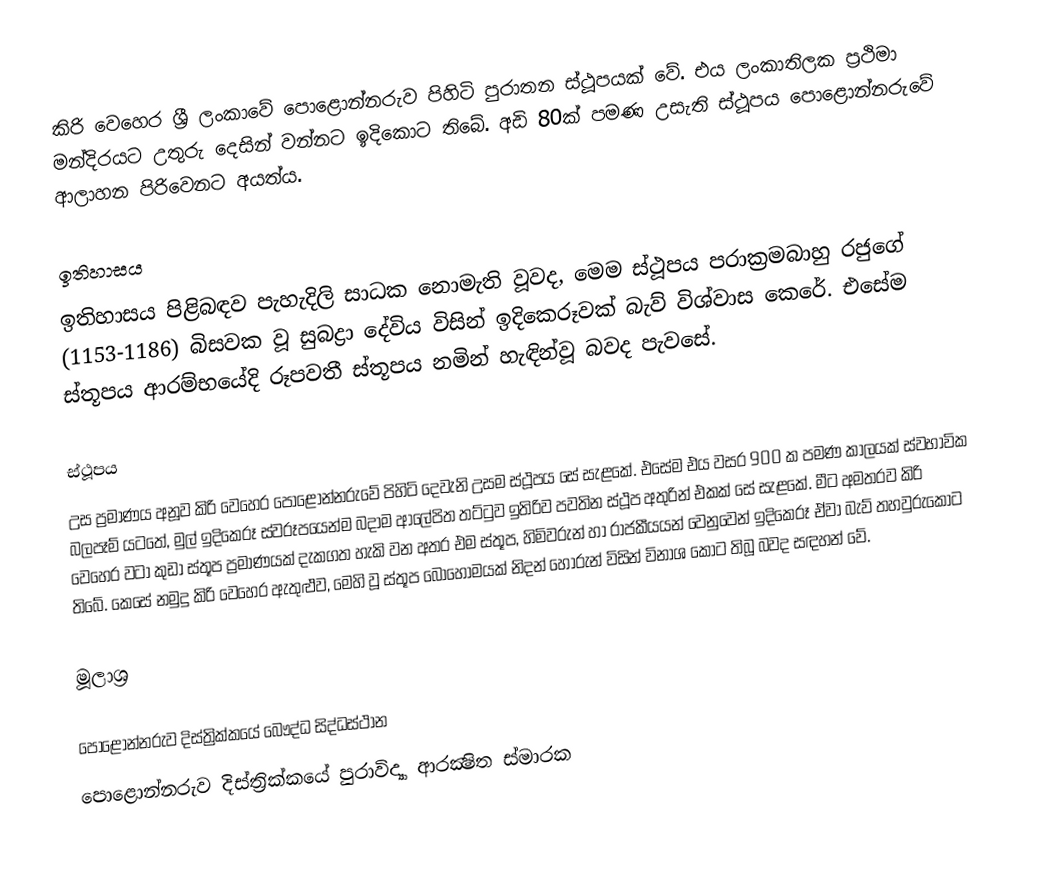
කිරි වෙහෙර ශ්‍රී ලංකාවේ පොළොන්නරුව පිහිටි පුරාතන ස්ථූපයක් වේ. එය ලංකාතිලක ප්‍රථිමා මන්දිරයට උතුරු දෙසින් වන්නට ඉදිකොට තිබේ. අඩි 80ක් පමණ උසැති ස්ථූපය පොළොන්නරුවේ ආලාහන පිරිවෙනට අයත්ය.

ඉතිහාසය
ඉතිහාසය පිළිබඳව පැහැදිලි සාධක නොමැති වූවද, මෙම ස්ථූපය පරාක්‍රමබාහු රජුගේ (1153-1186) බිසවක වූ සුබද්‍රා දේවිය විසින් ඉදිකෙරූවක් බැව් විශ්වාස කෙරේ. එසේම ස්තූපය ආරම්භයේදි රූපවතී ස්තූපය නමින් හැඳින්වූ බවද පැවසේ.

ස්ථූපය
උස ප්‍රමාණය අනූව කිරි වෙහෙර පොළොන්නරුවේ පිහිටි දෙවැනි උසම ස්ථූපය සේ සැළකේ. එසේම එය වසර 900 ක පමණ කාලයක් ස්වභාවික බලපෑම් යටතේ, මුල් ඉදිකෙරූ ස්වරූපයෙන්ම බදාම ආලේපිත තට්ටුව ඉතිරිව පවතින ස්ථූප අතුරින් එකක් සේ සැළකේ. මීට අමතරව කිරි වෙහෙර වටා කුඩා ස්තූප ප්‍රමාණයක් දැකගත හැකි වන අතර එම ස්තූප, හිමිවරුන් හා රාජකීයයන් වෙනුවෙන් ඉදිකෙරූ ඒවා බැව් තහවුරුකොට තිබේ. කෙසේ නමුදු කිරි වෙහෙර ඇතුළුව, මෙහි වූ ස්තූප බොහොමයක් නිදන් හොරුන් විසින් විනාශ කොට තිබූ බවද සඳහන් වේ.

මූලාශ්‍ර

පොළොන්නරුව දිස්ත්‍රික්කයේ බෞද්ධ සිද්ධස්ථාන‎
පොළොන්නරුව දිස්ත්‍රික්කයේ පුරාවිද්‍යා ආරක්‍ෂිත ස්මාරක